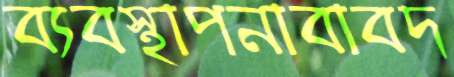
ব্যবস্থাপনাবাবদ